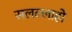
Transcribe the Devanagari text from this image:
सलल्लाहो